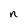
Character: n